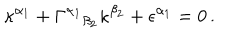
\kappa ^ { \alpha _ { 1 } } + \Gamma ^ { \alpha _ { 1 } } { } _ { \beta _ { 2 } } \kappa ^ { \beta _ { 2 } } + \epsilon ^ { \alpha _ { 1 } } = 0 \, .